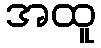
အထူ